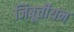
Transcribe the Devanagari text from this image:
जिबूतीयन